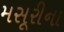
મસૂરીના